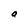
Character: a